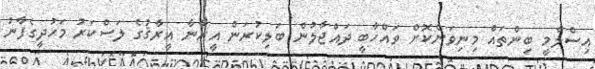
އިސްލާމީ ބިންތައް މިނިވަންކޮށް ވައްހާބީ ދައްޖާލުން ބަލިކުރަން އީރާނާ އީރާޤުގެ ލަސްކަރު މަހުދީގެފާނު